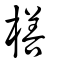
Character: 橏